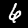
Label: 6